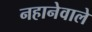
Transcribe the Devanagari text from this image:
नहानेवाले